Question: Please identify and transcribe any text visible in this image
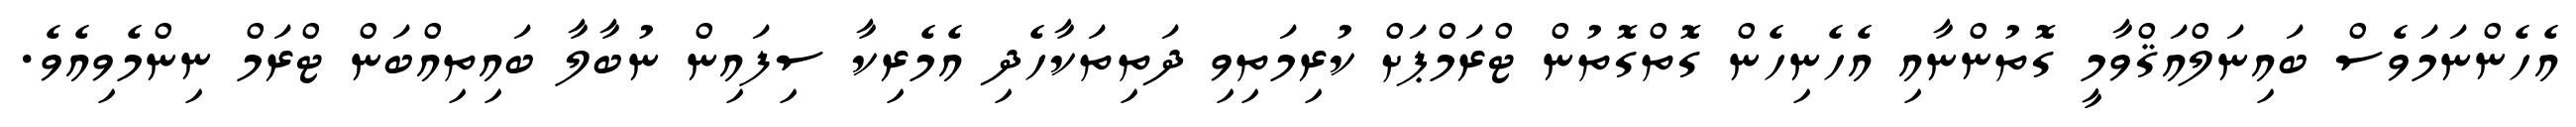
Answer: އެހެންނަމަވެސް ބައިނަލްއަޤްވާމީ ގޮތުންނާއި އެހެނިހެން ގޮތްގޮތުން ޓްރަމްޕަށް ކުރިމަތިވި ދަތިތަކާހެދި އެމެރިކާ ސިފައިން ނުބާލާ ބައިތިއްބަން ޓްރަމް ނިންމެވިއެވެ.